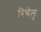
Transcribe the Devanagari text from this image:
रिचेलु